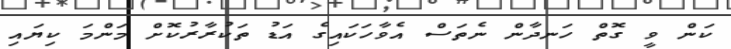
ކަން ވީ ގޮތް ހަނދާން ނެތަސް އެވާހަކައިގެ އަޑު ތަކުރާރުކޮށް މަންމަ ކިޔައި